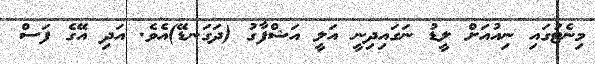
މިނެޓުގައި ނިއުއަށް ލީޑު ނަގައިދިނީ އަލީ އަޝްފާގު (ދަގަނޑޭ)އެވެ. އަދި އޭގެ ފަސް